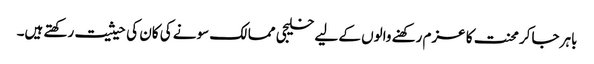
باہر جاکر محنت کا عزم رکھنے والوں کے لیے خلیجی ممالک سونے کی کان کی حیثیت رکھتے ہیں۔